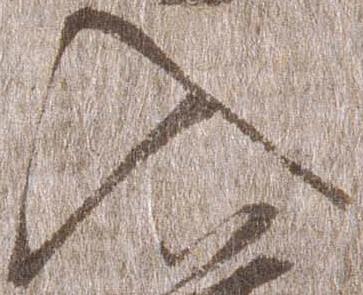
入